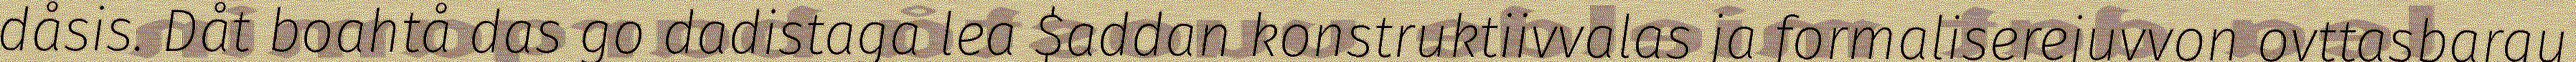
dåsis. Dåt boahtå das go dadistaga lea $addan konstruktiivvalas ja formaliserejuvvon ovttasbargu